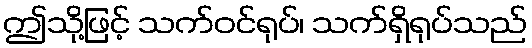
ဤသို့ဖြင့် သက်ဝင်ရုပ်၊ သက်ရှိရုပ်သည်